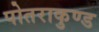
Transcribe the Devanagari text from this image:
पोतराकुण्ड